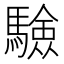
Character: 𩥾